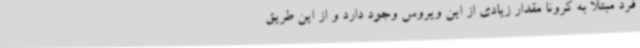
فرد مبتلا به کرونا مقدار زیادی از این ویروس وجود دارد و از این طریق